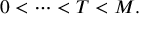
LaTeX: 0 < \cdots < T < M .